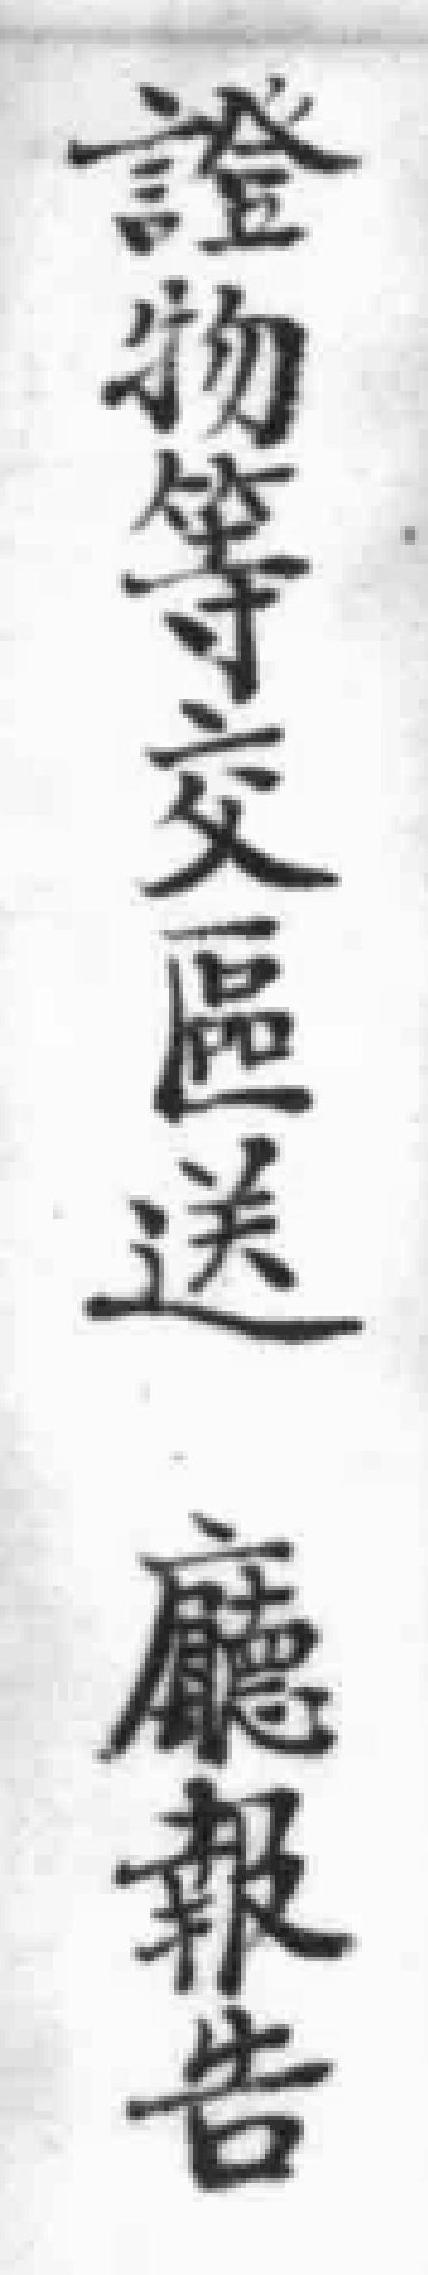
證物等交區送廳報告